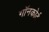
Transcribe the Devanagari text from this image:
गॉनकोर्ट